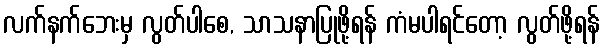
လက်နက်ဘေးမှ လွတ်ပါစေ, သာသနာပြုဖို့ရန် ကံမပါရင်တော့ လွတ်ဖို့ရန်